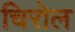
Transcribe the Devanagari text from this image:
चिरोल